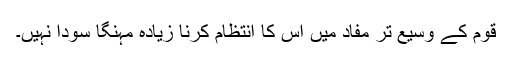
قوم کے وسیع تر مفاد میں اس کا انتظام کرنا زیادہ مہنگا سودا نہیں۔